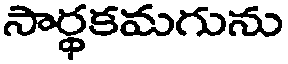
సార్థకమగును